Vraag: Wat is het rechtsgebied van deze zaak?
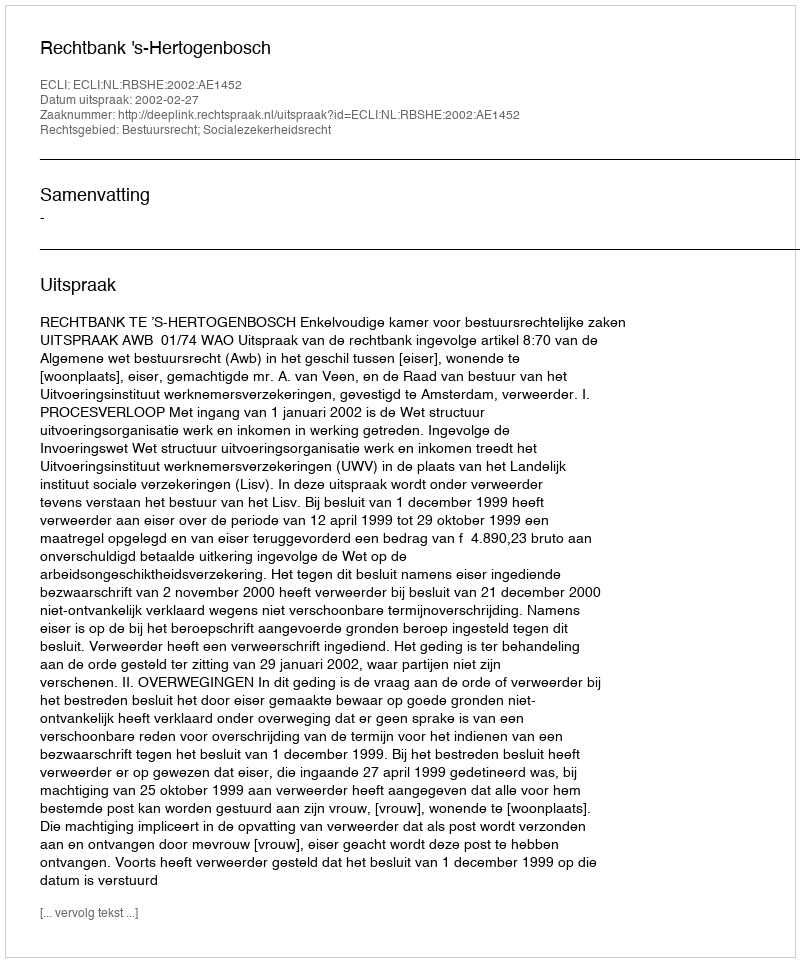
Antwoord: Bestuursrecht; Socialezekerheidsrecht